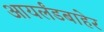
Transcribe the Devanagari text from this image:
आयर्लंडबाहेर